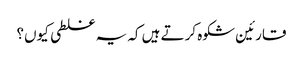
قارئین شکوہ کرتے ہیں کہ یہ غلطی کیوں؟